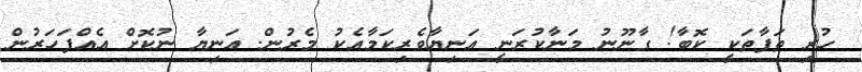
ހުރި ތަފާތަކީ ކޮބާ! ގާނޫނު މަނާކުރަނީ އަނިޔާވެރިކަމާއެކު މެރުން. އަނިޔާ ނުކޮށް އެއްފަހަރުން